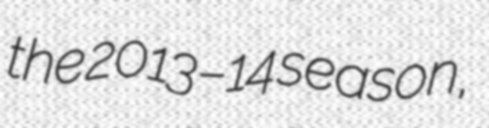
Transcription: the 2013–14 season,